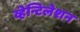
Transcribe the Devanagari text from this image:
व्हेन्टिलेशन